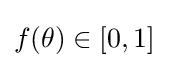
f(\theta )\in [0,1]